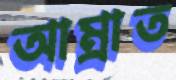
আম্রাত